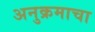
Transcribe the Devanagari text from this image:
अनुक्रमाचा